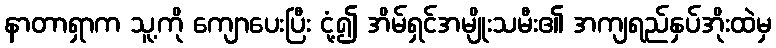
နာတာရှာက သူ့ကို ကျောပေးပြီး ငုံ့၍ အိမ်ရှင်အမျိုးသမီး၏ အကျရည်နှပ်အိုးထဲမှ